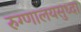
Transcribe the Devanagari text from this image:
रुग्णालयसुध्दा